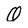
Character: Q